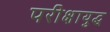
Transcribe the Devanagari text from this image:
परीक्षायुद्ध